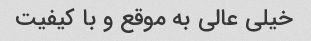
خیلی عالی به موقع و با کیفیت